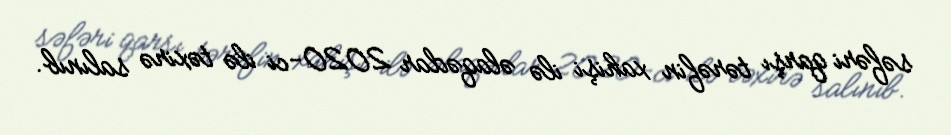
səfəri qarşı tərəfin xahişi ilə əlaqədar 2020-ci ilə təxirə salınıb.